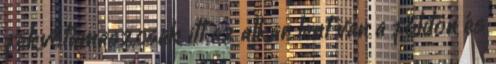
fekvőtámasz,csak itt az alkar lent van a földön és